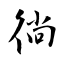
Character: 徜